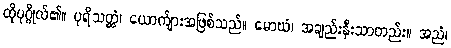
ထိုပုဂ္ဂိုလ်၏။ ပုရိသတ္တံ၊ ယောက်ျားအဖြစ်သည်။ မောဃံ၊ အချည်းနှီးသာတည်း။ အညံ၊